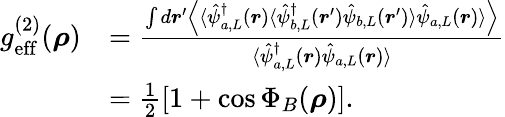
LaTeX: \begin{array}{rl}{g_{\mathrm{eff}}^{(2)}(\boldsymbol{\rho})}&{=\frac{\int d\boldsymbol{r}^{\prime}\left\langle\langle\hat{\psi}_{a,L}^{\dagger}(\boldsymbol{r})\langle\hat{\psi}_{b,L}^{\dagger}(\boldsymbol{r}^{\prime})\hat{\psi}_{b,L}(\boldsymbol{r}^{\prime})\rangle\hat{\psi}_{a,L}(\boldsymbol{r})\rangle\right\rangle}{\langle\hat{\psi}_{a,L}^{\dagger}(\boldsymbol{r})\hat{\psi}_{a,L}(\boldsymbol{r})\rangle}}\\ &{=\frac{1}{2}\left[1+\cos\Phi_{B}(\boldsymbol{\rho})\right].}\end{array}